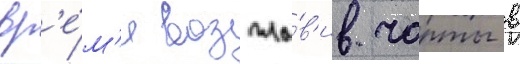
вр'е́м'я возгла́в'ив чарты в